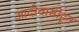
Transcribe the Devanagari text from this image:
आदीवासींहून